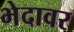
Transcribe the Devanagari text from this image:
भेदावर